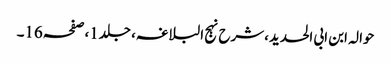
حوالہ ابن ابی الحدید،شرح نہج البلاغہ، جلد1،صفحہ16۔